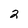
Character: 2